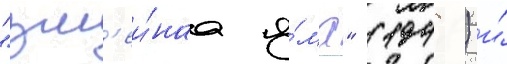
"зм'еи́наа я́ма" (1948) и́